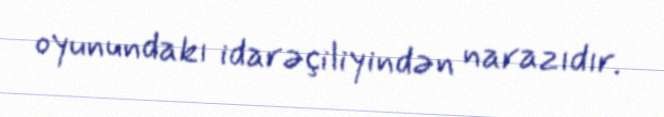
oyunundakı idarəçiliyindən narazıdır.